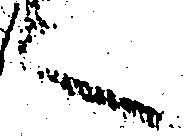
之